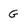
Character: G